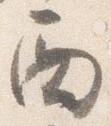
西